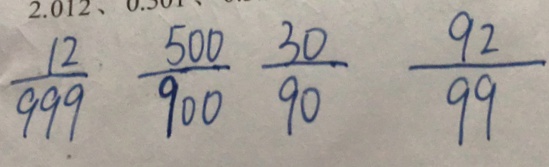
\frac { 1 2 } { 9 9 9 } \frac { 5 0 0 } { 9 0 0 } \frac { 3 0 } { 9 0 } \frac { 9 2 } { 9 9 }